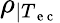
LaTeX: \rho_{|T_{\mathrm{~e~c~}}}